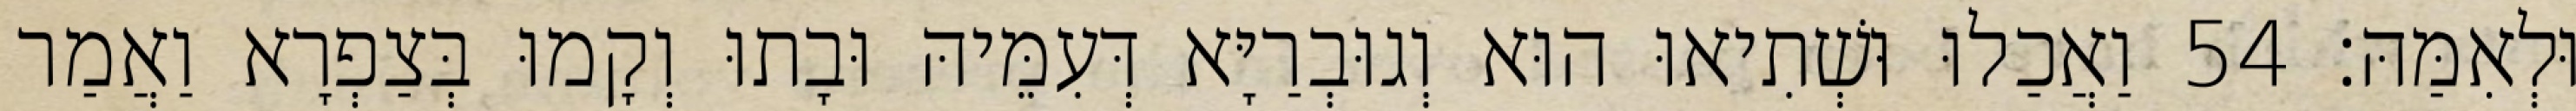
וּלְאִמַּהּ׃ 54 וַאֲכַלוּ וּשְׁתִיאוּ הוּא וְגוּבְרַיָּא דְּעִמֵּיהּ וּבָתוּ וְקָמוּ בְּצַפְרָא וַאֲמַר